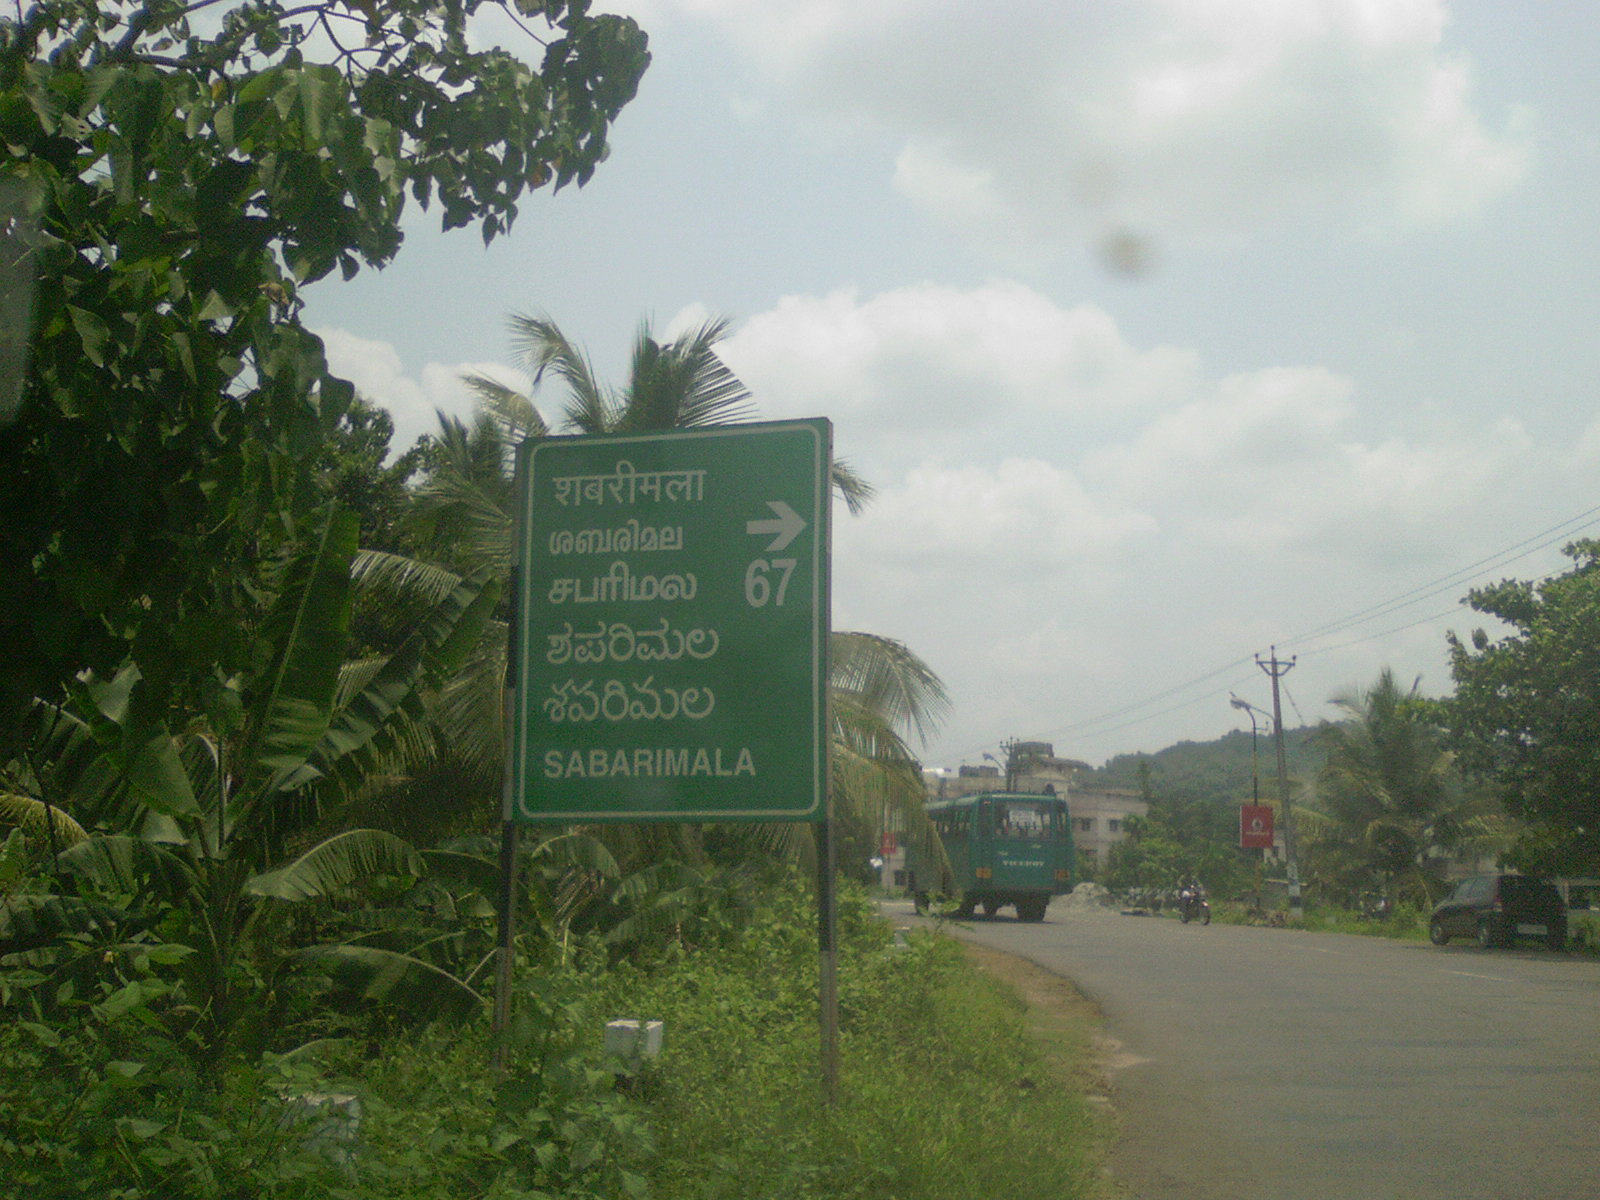
Language: kannada
Transcription: ಶಪರಿಮಲ